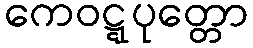
ကေဝဋ္ဋပုတ္တော